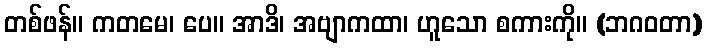
တစ်ဖန်။ ကတမေ၊ ပေ။ အာဒိ၊ အဗျာကထာ၊ ဟူသော စကားကို။ (ဘဂဝတာ)